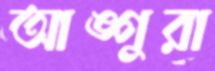
আঙ্গুরা